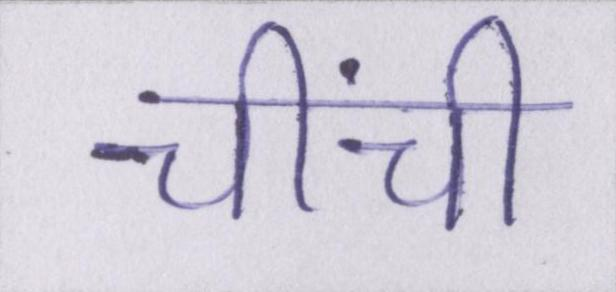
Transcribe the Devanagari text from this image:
चींची